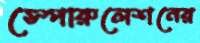
স্পোরুলেশনের